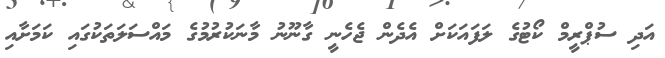
އަދި ސުޕްރީމް ކޯޓުގެ ލަފައަކަށް އެދެން ޖެހެނީ ގާނޫނު މާނަކުރުމުގެ މައްސަލަތަކުގައި ކަމަށާއި